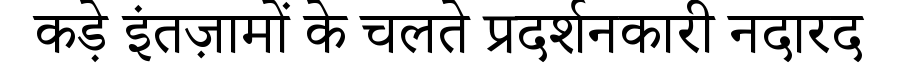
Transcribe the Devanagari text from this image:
कड़े इंतज़ामों के चलते प्रदर्शनकारी नदारद